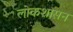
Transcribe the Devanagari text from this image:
लोकशासन